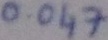
Text: 0.047